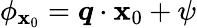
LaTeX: \phi_{\mathbf{x}_{0}}=\boldsymbol{q}\cdot\boldsymbol{\mathbf{x}}_{0}+\psi